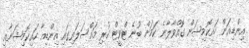
އިންޑިއަން ހައިކޮމިޝަން ގޮއްވާލާނެ ކަމަށް ބުނެ ޓްވީޓް ކުރި މައްސަލައިގައި އިންޑިއާ ހައިކޮމިޝަނާއި